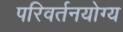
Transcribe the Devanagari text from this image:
परिवर्तनयोग्य